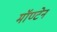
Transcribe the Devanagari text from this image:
मॉण्टेन